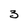
Character: 3